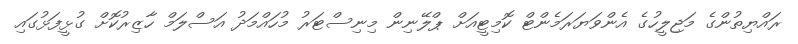
ރައްޔިތުންގެ މަޖިލީހުގެ އެންވަޔަރަމެންޓް ކޮމިޓީއަށް ޕްލޭނިން މިނިސްޓަރު މުހައްމަދު އަސްލަމް ހާޒިރުކޮށް ގުޅީފަޅުގައި